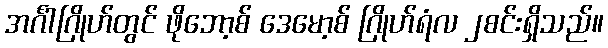
အင်္ဂါဂြိုဟ်တွင် ဖိုဘော့စ် ဒေမော့စ် ဂြိုဟ်ရံလ ၂စင်းရှိသည်။